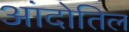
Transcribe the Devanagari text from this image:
आंदोतिल